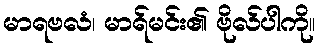
မာရဗလံ၊ မာရ်မင်း၏ ဗိုလ်ပါကို။